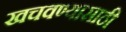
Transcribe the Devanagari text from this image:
खचवण्यासाठी